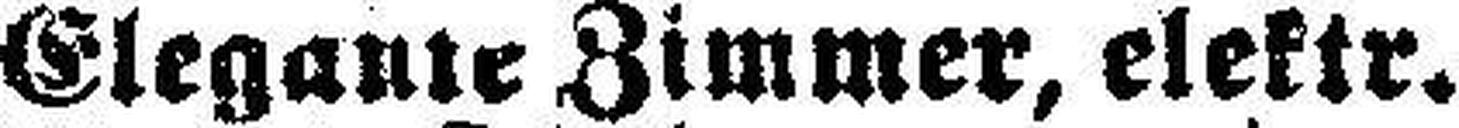
Elegante Zimmer, elektr.